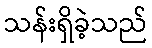
သန်းရှိခဲ့သည်